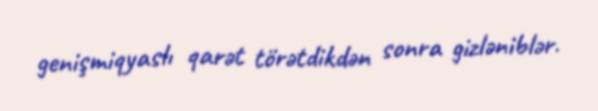
genişmiqyaslı qarət törətdikdən sonra gizləniblər.